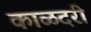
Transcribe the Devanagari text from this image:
काळदरी